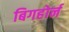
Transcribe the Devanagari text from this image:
बिगहोर्न